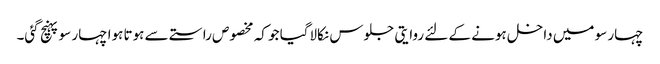
چہار سو میں داخل ہونے کے لئے روایتی جلوس نکالاگیا جو کہ مخصوص راستے سے ہوتا ہوا چہار سو پہنچ گئی۔